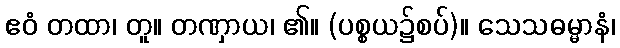
ဧဝံ တထာ၊ တူ။ တဏှာယ၊ ၏။ (ပစ္စယ၌စပ်)။ သေသဓမ္မာနံ၊